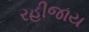
રહીજાય